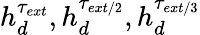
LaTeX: h_{d}^{\tau_{ext}},h_{d}^{\tau_{ext/2}},h_{d}^{\tau_{ext/3}}